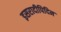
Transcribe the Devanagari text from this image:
इसरादीपिदिन